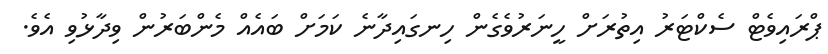
ޕްރައިވެޓް ސެކްޓަރު އިތުރަށް ހީނަރުވެގެން ހިނގައިދާނެ ކަމަށް ބައެއް މެންބަރުން ވިދާޅުވި އެވެ.